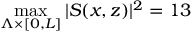
\operatorname* { m a x } _ { \Lambda \times \lbrack 0 , L \rbrack } \vert S ( x , z ) \vert ^ { 2 } = 1 3